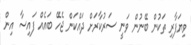
ވިޔަފާރި ތަކުން ބޭނުން ވަނީ ސަރުކާރަށް ދައްކަން ޖެހޭ ބައެއް ފައިސާ އިން